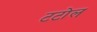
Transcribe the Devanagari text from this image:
टटोल